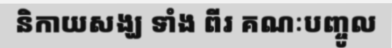
និកាយសង្ឃ ទាំង ពីរ គណៈបញ្ចូល